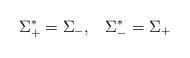
LaTeX: \begin{align*}\Sigma_{+}^{*}=\Sigma_{-},\;\;\;\Sigma_{-}^{*}=\Sigma_{+}\end{align*}